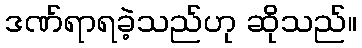
ဒဏ်ရာရခဲ့သည်ဟု ဆိုသည်။